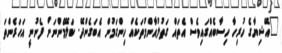
"އޭޝިޔާގެ ހުރިހާ ހިސާބެއްގައިވެސް އެތައް ގަތުލުއާންމުތަކެއް ހިންގަމުން އެބަގެންދޭ. ކަލޭމެންނަށް ފެނުނީ އަހަރެންތަ